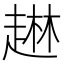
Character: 𰷹